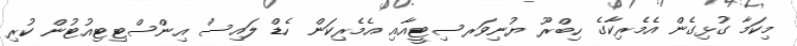
މިކަމާ ގުޅިގެން އެމެރިކާގެ ހިބްރޫ ޔުނިވަރސިޓީއާއި އެމެރިކަން ހެޑް ލައިސް އިންސްޓިޓިއުޓުން ކުރި